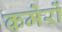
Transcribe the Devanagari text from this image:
कमेरों